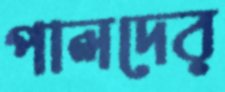
পালদের